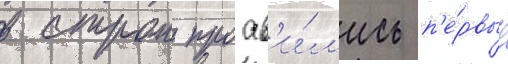
в строи проав'и́л'ись п'е́рвые